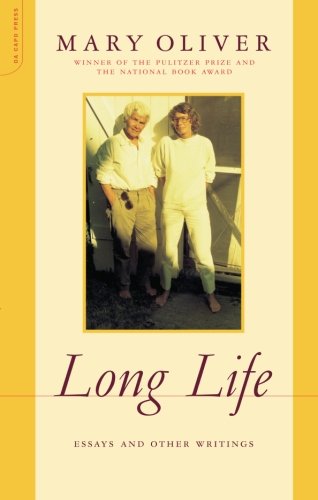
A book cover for Long Life: Essays and Other Writings; Mary Oliver; Literature & Fiction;